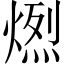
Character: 𤍅